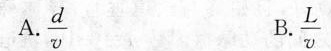
A.\frac{d}{v} B.\frac{L}{v}